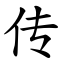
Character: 传